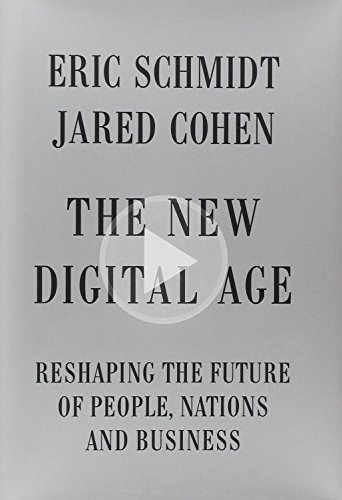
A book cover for The New Digital Age: Reshaping the Future of People, Nations and Business; Eric Schmidt; Computers & Technology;